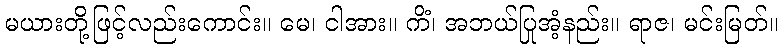
မယားတို့ဖြင့်လည်းကောင်း။ မေ၊ ငါအား။ ကိံ၊ အဘယ်ပြုအံ့နည်း။ ရာဇ၊ မင်းမြတ်။